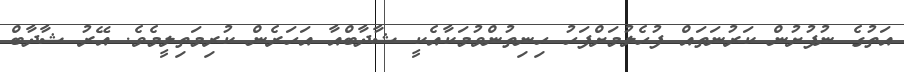
އަތުގެ ނުފުށުން ކަރުނަތައް ފުހެލުމަށްފަހު ހިނިތުންވުމަކާއެކީ ޝާދާބްއާ އަހަރެން ކުރިމަތިލީމެވެ. އޭރު ޝާދާބް